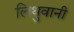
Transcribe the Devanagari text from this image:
लिथुवानी